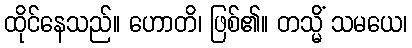
ထိုင်နေသည်။ ဟောတိ၊ ဖြစ်၏။ တသ္မိံ သမယေ၊